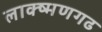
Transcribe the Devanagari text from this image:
लाक्ष्मणगढ